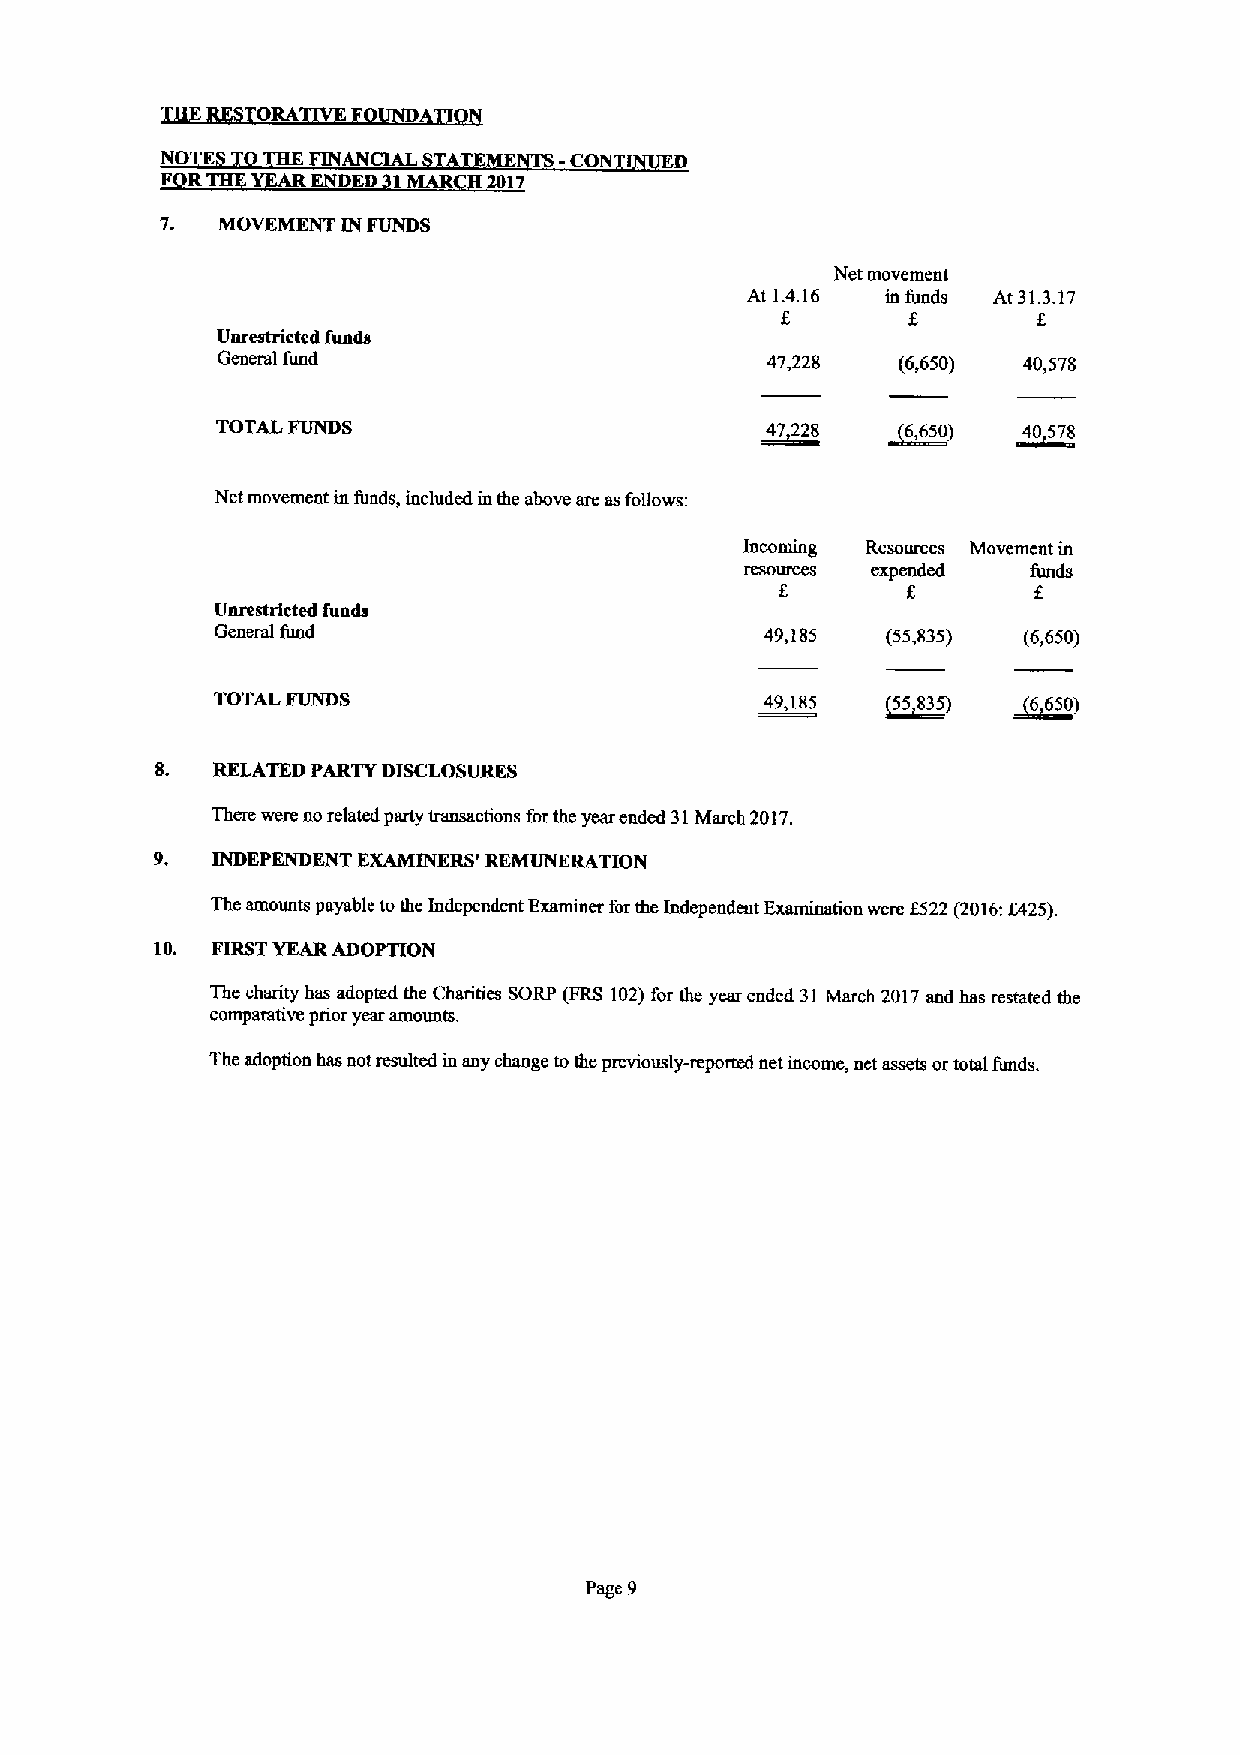
ORA
 NO       FINANCIAL   ME   -CO     D
 R         D    MAR  2017
 7. MOVEMENT IN FUNDS
 Net movement
 At 1.4.16 in funds At 31.3.17
 8       f.       f
 Unrestricted funds
 General fund                         47,228  (6,650)  40,578
 TOTAL FUNDS                          47228   ~6,650) ~40 578
 Net movement in funds, included in the above are asfollows:
 Incoming Resources Movemcnt in
 resolnces expended funds
 8
 Unrestricted fuads
 General fund                         49,185  (55,835) (6,650)
 TOTAL FUNDS                          49,185  ~55 835) ~6650)
 8.  RELATED PARTY DISCLOSURES
 There were no related party transactions forthe year ended 31March 2017.
 9.  INDEPENDENT EXAMINERS' REMUNERATION
 The amounts payable tothe Independent Examiner for the Independent Examination were f522 (2016:f425).
 10. FIRSTYEARADOPTION
 The charity has adopaxl the Charities SORP (FRS 102)for the year ended 31 March 2017and bas restated the
 comparative prior year amounts.
 The adoption has not resulted in any change tothe previously-reported net income, nct assets ortotal ftmds.
 Page 9